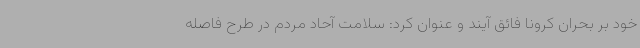
خود بر بحران کرونا فائق آیند و عنوان کرد: سلامت آحاد مردم در طرح فاصله